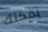
يمكنك